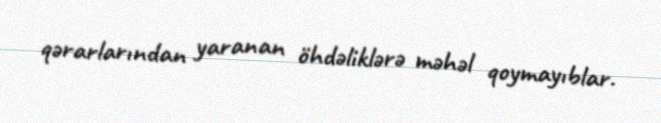
qərarlarından yaranan öhdəliklərə məhəl qoymayıblar.